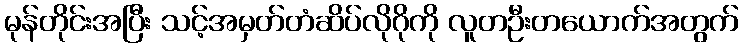
မုန်တိုင်းအပြီး သင့်အမှတ်တံဆိပ်လိုဂိုကို လူတဦးတယောက်အတွက်